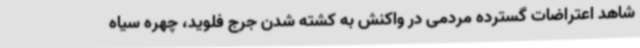
شاهد اعتراضات گسترده مردمی در واکنش به کشته شدن جرج فلوید، چهره سیاه